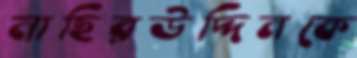
নাছিরউদ্দিনকে